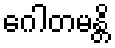
ဂေါတမန္တိ